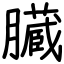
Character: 臓